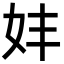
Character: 妦